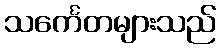
သင်္ကေတများသည်